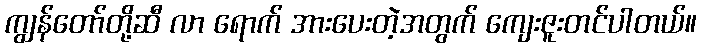
ကျွန်တော်တို့ဆီ လာ ရောက် အားပေးတဲ့အတွက် ကျေးဇူးတင်ပါတယ်။